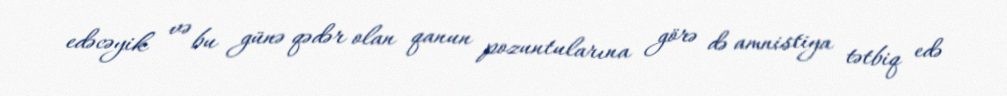
edəcəyik və bu günə qədər olan qanun pozuntularına görə də amnistiya tətbiq edə